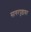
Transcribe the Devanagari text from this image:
सागरपृष्ठावर